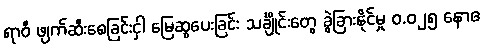
ရာဝီ ဖျက်ဆီးစေခြင်းငှါ မြေဆွပေးခြင်း သင်္ချိုင်းတွေ ခွဲခြားနိုင်မှု ၀.၀၂၅ နောဧ